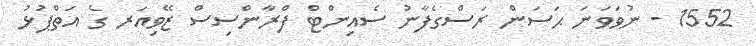
1552 - ނުވަވަނަ ޙަސަން ރަސްގެފާނު ސެއިންޓް ފްރާންސިސް ޒޭވިއަރ ގެ އަތްޕުޅު